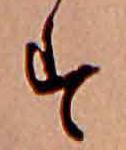
す